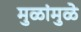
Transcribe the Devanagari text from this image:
मुळांमुळे